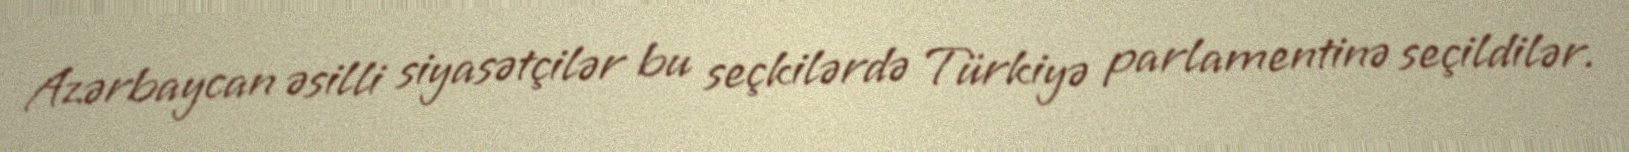
Azərbaycan əsilli siyasətçilər bu seçkilərdə Türkiyə parlamentinə seçildilər.